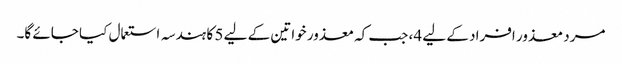
مرد معذور افراد کے لیے 4، جب کہ معذور خواتین کے لیے 5 کا ہندسہ استعمال کیا جائے گا۔